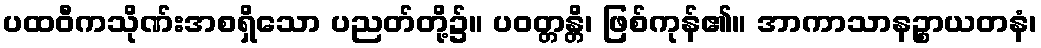
ပထဝီကသိုဏ်းအစရှိသော ပညတ်တို့၌။ ပဝတ္တန္တိ၊ ဖြစ်ကုန်၏။ အာကာသာနဉ္စာယတနံ၊